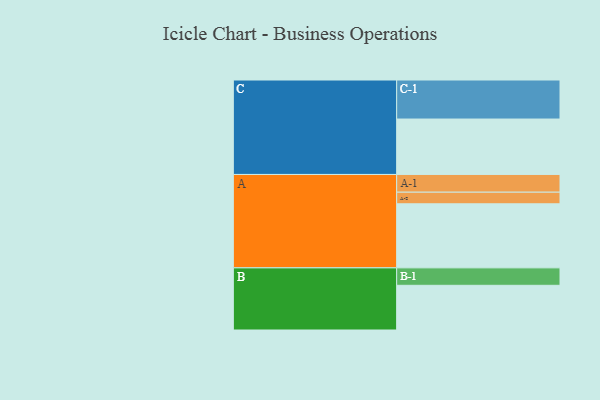
{"axis": {"x": "Segment", "y": "Value"}, "legend": ["", "A", "B", "C"], "data": [{"x": "A", "y": 430, "type": ""}, {"x": "B", "y": 300, "type": ""}, {"x": "C", "y": 372, "type": ""}, {"x": "A-1", "y": 119, "type": "A"}, {"x": "A-2", "y": 78, "type": "A"}, {"x": "B-1", "y": 117, "type": "B"}, {"x": "C-1", "y": 262, "type": "C"}]}